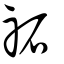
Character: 祏